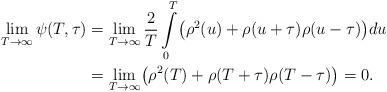
LaTeX: \begin{align*}\lim\limits_{T\rightarrow\infty}\psi(T,\tau)&= \lim\limits_{T\rightarrow\infty}\frac{2}{T}\int\limits_0^{T}\bigl(\rho^2(u)+\rho(u+\tau )\rho(u-\tau)\bigr)du\\& = \lim\limits_{T\rightarrow\infty}\bigl(\rho^2(T)+\rho(T+\tau)\rho(T-\tau )\bigr)=0.\end{align*}